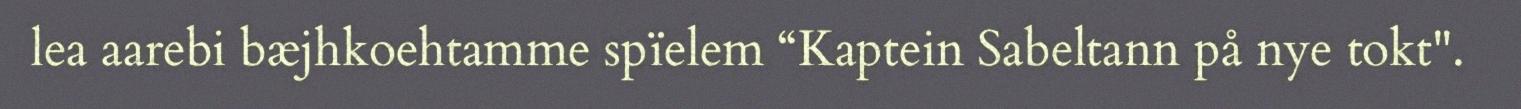
lea aarebi bæjhkoehtamme spïelem “Kaptein Sabeltann på nye tokt".